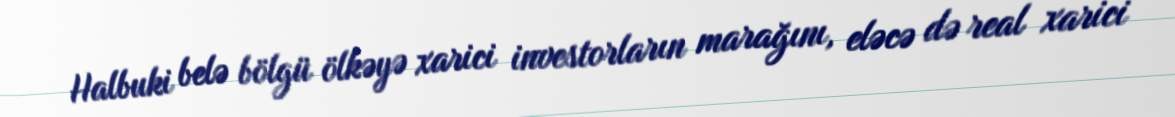
Halbuki belə bölgü ölkəyə xarici investorların marağını, eləcə də real xarici